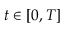
t \in [ 0 , T ]